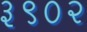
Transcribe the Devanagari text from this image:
३९०२